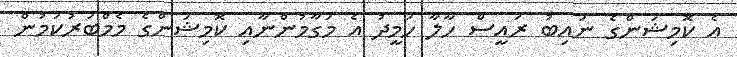
އެ ކޮމިޝަންގެ ނައިބު ރައީސް ހާލާ ހަމީދު އެ މަގާމުންނާއި ކޮމިޝަންގެ މެމްބަރުކަމުން